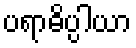
ပရာဓိပ္ပါယာ